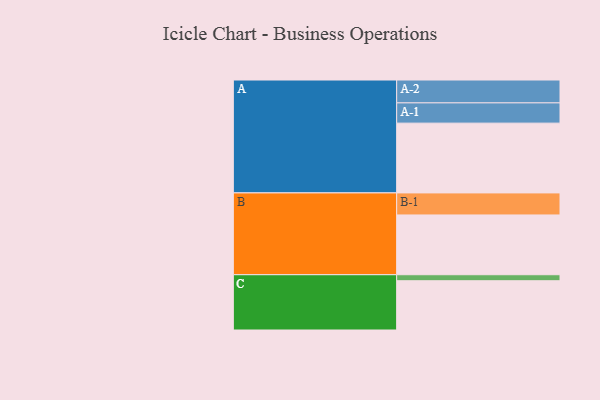
{"axis": {"x": "Segment", "y": "Value"}, "legend": ["", "A", "B", "C"], "data": [{"x": "A", "y": 592, "type": ""}, {"x": "B", "y": 507, "type": ""}, {"x": "C", "y": 418, "type": ""}, {"x": "A-1", "y": 172, "type": "A"}, {"x": "A-2", "y": 194, "type": "A"}, {"x": "B-1", "y": 187, "type": "B"}, {"x": "C-1", "y": 51, "type": "C"}]}